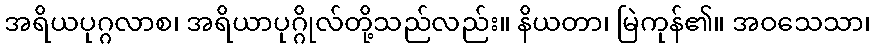
အရိယပုဂ္ဂလာစ၊ အရိယာပုဂ္ဂိုလ်တို့သည်လည်း။ နိယတာ၊ မြဲကုန်၏။ အဝသေသာ၊